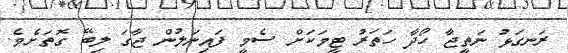
ރަނގަޅު ނަތީޖާ ހޯދާ ހަތަރު ޓީމަކަށް ސެމީ ފައިނަލުން ޖާގަ ލިބޭ ގޮތަށެވެ.